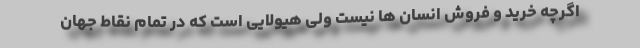
اگرچه خرید و فروش انسان ها نیست ولی هیولایی است که در تمام نقاط جهان